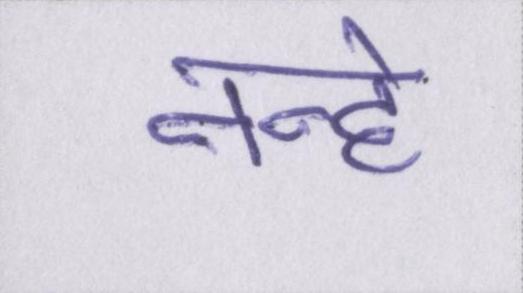
नन्हे